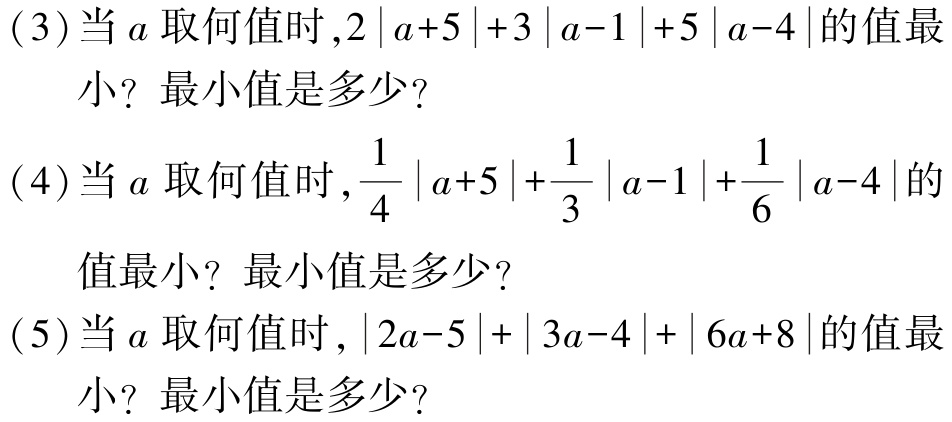
(3) 当 \(a\) 取何值时,\(2\left|a + 5\right|+3\left|a - 1\right|+5\left|a - 4\right|\) 的值最小？最小值是多少？

(4) 当 \(a\) 取何值时,\(\frac{1}{4}\left|a + 5\right|+\frac{1}{3}\left|a - 1\right|+\frac{1}{6}\left|a - 4\right|\) 的值最小？最小值是多少？

(5) 当 \(a\) 取何值时,\(\left|2a - 5\right|+\left|3a - 4\right|+\left|6a + 8\right|\) 的值最小？最小值是多少？